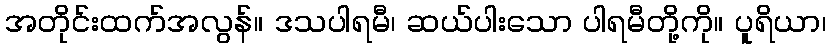
အတိုင်းထက်အလွန်။ ဒသပါရမီ၊ ဆယ်ပါးသော ပါရမီတို့ကို။ ပူရိယာ၊